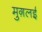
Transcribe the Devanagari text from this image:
मुग़लई